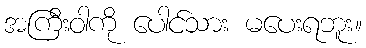
အကြီးဝါကို ပေါင်သား မပေးရဘူး။